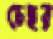
চেহর